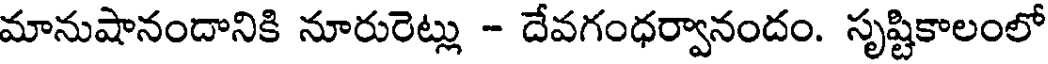
మానుషానందానికి నూరురెట్లు - దేవగంధర్వానందం. సృష్టికాలంలో